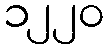
၁၂၂၀